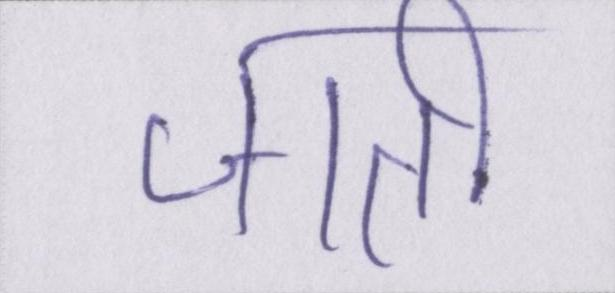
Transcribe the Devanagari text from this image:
जाती